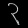
Digit: ၃